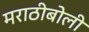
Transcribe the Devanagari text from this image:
मराठीबोली